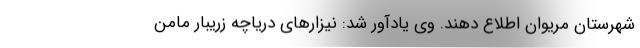
شهرستان مریوان اطلاع دهند. وی یادآور شد: نیزارهای دریاچه زریبار مامن